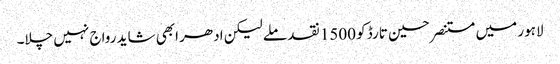
لاہور میں مستنصر حسین تارڈ کو 1500 نقد ملے لیکن ادھر ابھی شاید رواج نہیں چلا۔